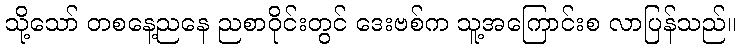
သို့သော် တစနေ့ညနေ ညစာဝိုင်းတွင် ဒေးဗစ်က သူ့အကြောင်းစ လာပြန်သည်။